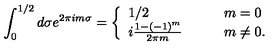
\int _ { 0 } ^ { 1 / 2 } d \sigma e ^ { 2 \pi i m \sigma } = \left\{ \begin{array} { l l } { 1 / 2 \qquad } & { m = 0 } \\ { i \frac { 1 - ( - 1 ) ^ { m } } { 2 \pi m } \qquad } & { m \neq 0 . } \\ \end{array} \right.